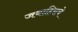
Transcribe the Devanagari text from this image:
जवाहिराचे